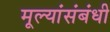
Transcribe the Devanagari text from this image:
मूल्यांसंबंधी